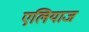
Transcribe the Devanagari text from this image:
एलियाज